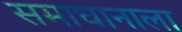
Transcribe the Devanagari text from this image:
समाधानाला